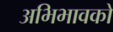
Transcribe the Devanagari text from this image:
अभिभावको